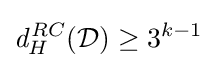
{\mathit {d}}_{H}^{RC}({\mathcal {D}})\geq 3^{k-1}